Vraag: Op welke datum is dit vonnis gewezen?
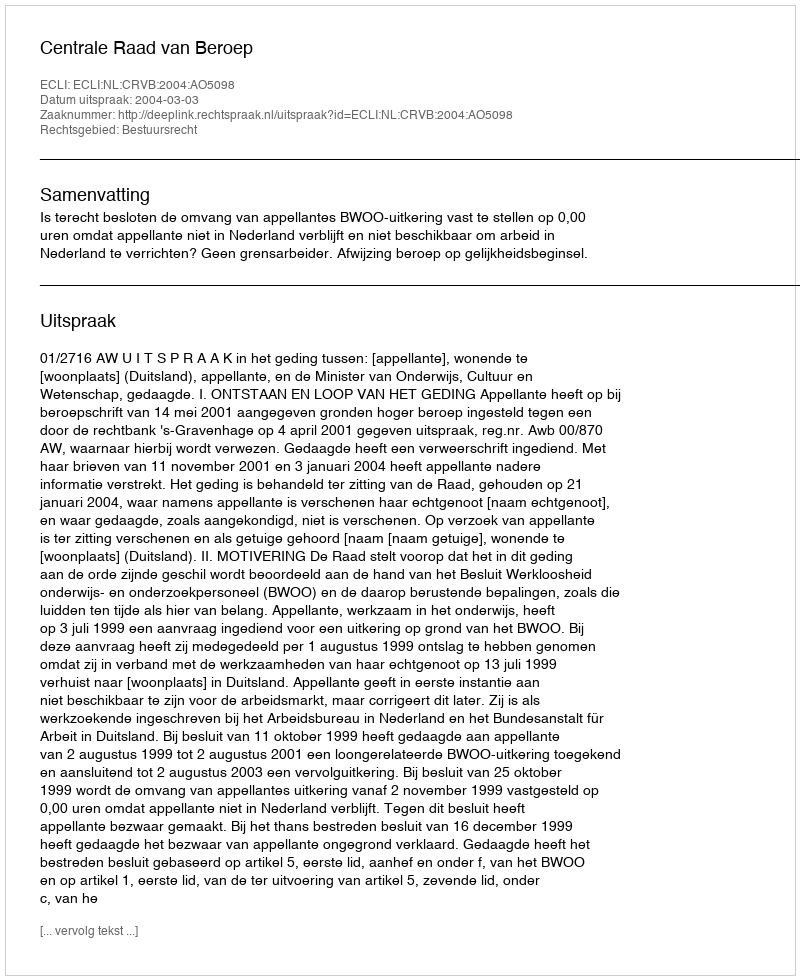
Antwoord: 2004-03-03